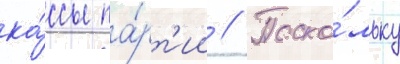
ка́ссы па́рт'ии // Поско́льку